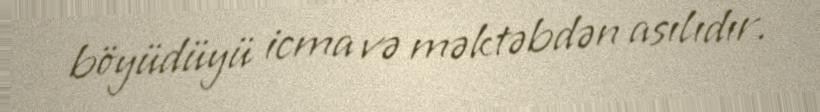
böyüdüyü icma və məktəbdən asılıdır.